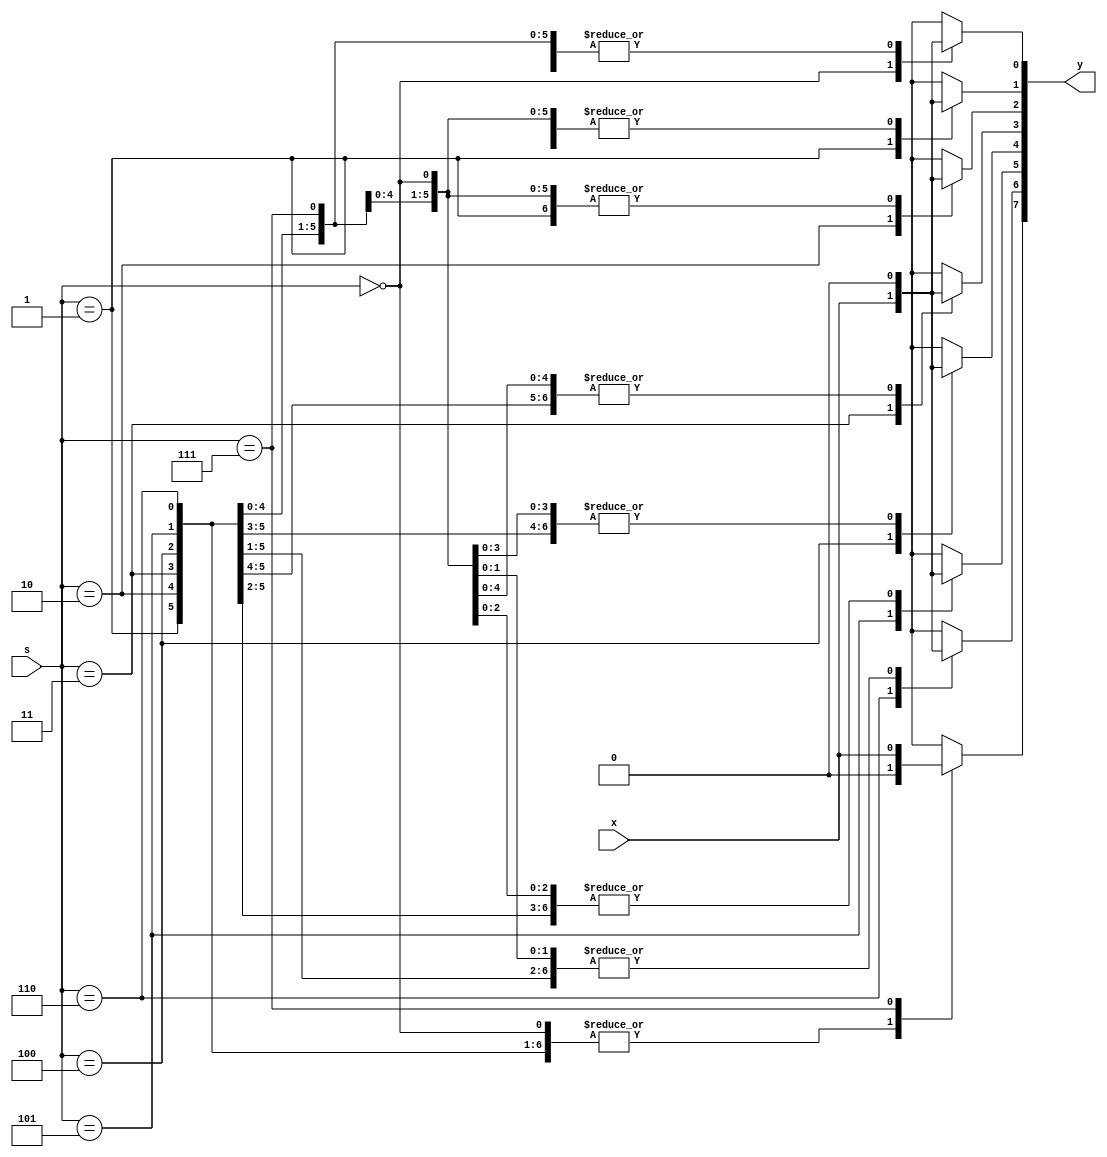
module demux_1x8_ ( input x, input [2:0] s, output reg [7:0] y);
    always @(*) begin
        y = 8'b0;
        case(s)
        3'b000 : y[0] = x;
        3'b001 : y[1] = x;
        3'b010 : y[2] = x;
        3'b011 : y[3] = x;
        3'b100 : y[4] = x;
        3'b101 : y[5] = x;
        3'b110 : y[6] = x;
        3'b111 : y[7] = x;
        endcase
    end
endmodule